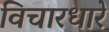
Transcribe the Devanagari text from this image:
विचारधारे